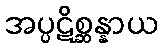
အပ္ပဋိစ္ဆန္နာယ